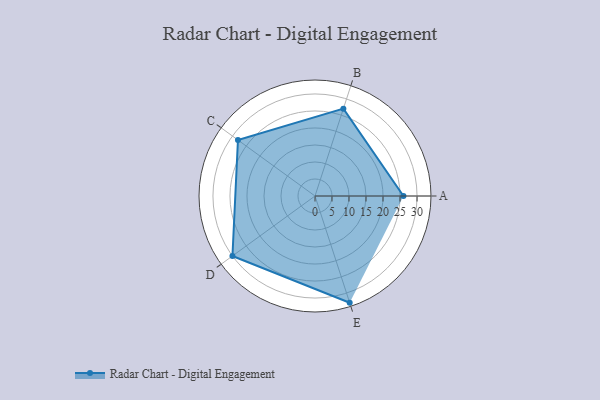
{"axis": {"x": "Skill", "y": "Score"}, "legend": ["Profile"], "data": [{"x": "A", "y": 26.0, "type": "Profile"}, {"x": "B", "y": 27.0, "type": "Profile"}, {"x": "C", "y": 28.0, "type": "Profile"}, {"x": "D", "y": 30.0, "type": "Profile"}, {"x": "E", "y": 33.0, "type": "Profile"}]}